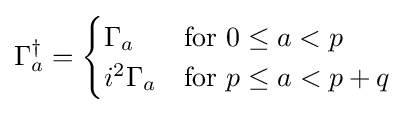
\Gamma _{a}^{\dagger }={\begin{cases}\Gamma _{a}&{\mbox{for }}0\leq a<p\\i^{2}\Gamma _{a}&{\mbox{for }}p\leq a<p+q\\\end{cases}}